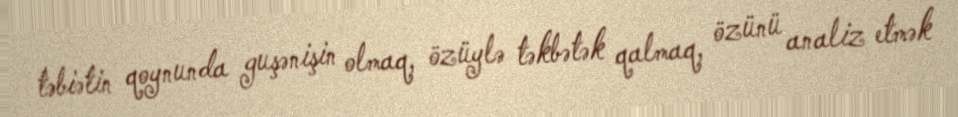
təbiətin qoynunda guşənişin olmaq, özüylə təkbətək qalmaq, özünü analiz etmək